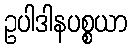
ဥပါဒါနပစ္စယာ